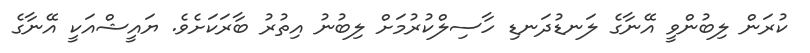
ކުރަން ލިބުންވީ އޭނާގެ ލަނޑުދަނޑި ހާސިލްކުރުމަށް ލިބުނު އިތުރު ބާރަކަށެވެ. ޔައީޝްއަކީ އޭނާގެ